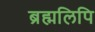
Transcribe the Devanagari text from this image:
ब्रह्मलिपि